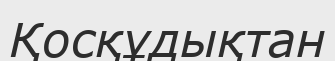
Қосқұдықтан